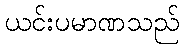
ယင်းပမာဏသည်